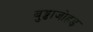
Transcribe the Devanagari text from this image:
बुड्ढाजोहड़